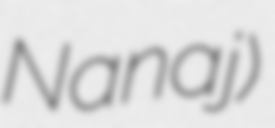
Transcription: Nanaj)